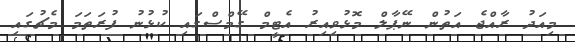
މިއަދު ރާއްޖެ އަތުން ނޭޕާލް މޮޅުވިއިރު އެޓީމް ގޭމްސްގައި ކުޅުނު ފުރަތަމަ މެޗުގައި